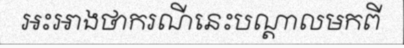
អះអាងថាករណីនេះបណ្តាលមកពី